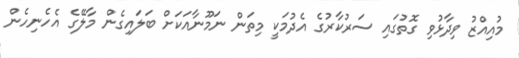
މުއިއްޒު ވިދާޅުވި ގޮތުގައި ސަރުކާރުގެ އެދުމަކީ މިތަން ނަމޫނާއަކަށް ބަލައިގެން މާލޭގެ އެހެނިހެން